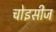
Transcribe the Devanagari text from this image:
चोइसीज